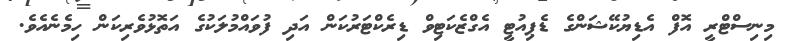
މިނިސްޓްރީ އޮފް އެޑިޔުކޭޝަންގެ ޑެޕިއުޓީ އެގްޒެކަޓިވް ޑިރެކްޓަރުކަން އަދި ފުވައްމުލަކުގެ އަތޮޅުވެރިކަން ހިމެނެއެވެ.